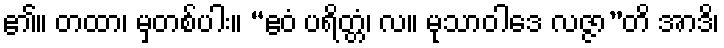
၏။ တထာ၊ မှတစ်ပါး။ “ဧဝံ ပရိတ္တံ၊ လ။ မုသာဝါဒေ လဇ္ဇာ”တိ အာဒိ၊